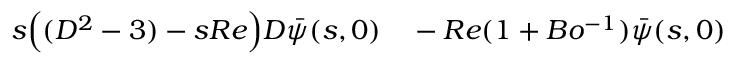
\begin{array} { r l } { s \Big ( ( D ^ { 2 } - 3 ) - s R e \Big ) D \bar { \psi } ( s , 0 ) } & { { } - R e ( 1 + B o ^ { - 1 } ) \bar { \psi } ( s , 0 ) } \end{array}